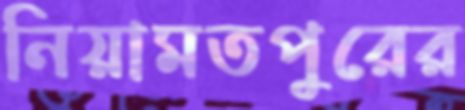
নিয়ামতপুরের